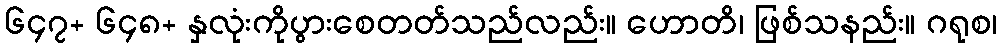
၆၄၇+ ၆၄၈+ နှလုံးကိုပွားစေတတ်သည်လည်း။ ဟောတိ၊ ဖြစ်သနည်း။ ဂရုစ၊